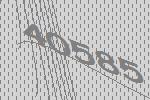
40585